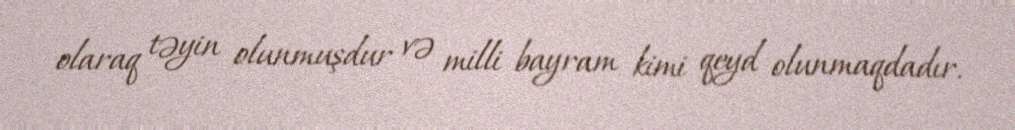
olaraq təyin olunmuşdur və milli bayram kimi qeyd olunmaqdadır.